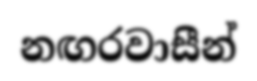
නඟරවාසීන්